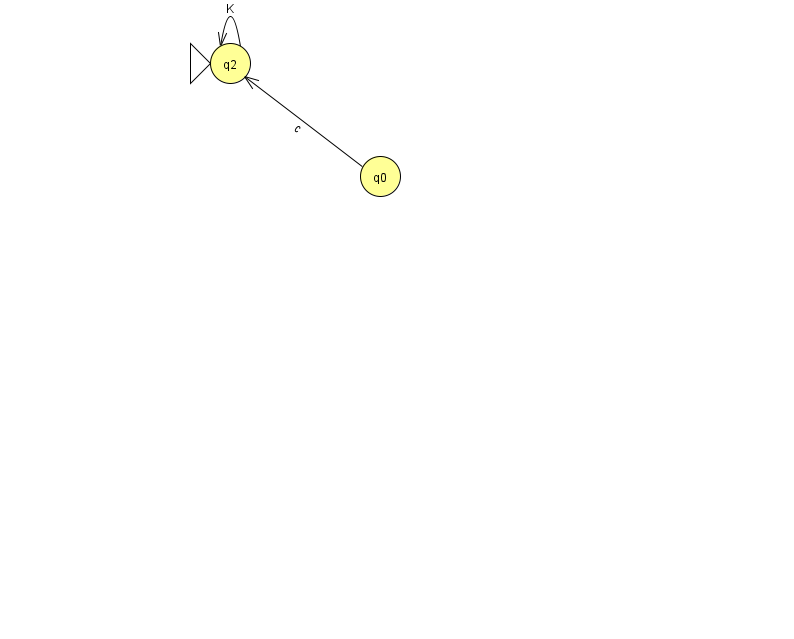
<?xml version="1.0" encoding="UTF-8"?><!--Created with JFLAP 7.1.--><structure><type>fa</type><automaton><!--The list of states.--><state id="0" name="q0"><x>380.0</x><y>163.0</y></state><state id="2" name="q2"><x>230.0</x><y>50.0</y><initial/></state><!--The list of transitions.--><transition><from>0</from><to>2</to><read>c</read></transition><transition><from>2</from><to>2</to><read>K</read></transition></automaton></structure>